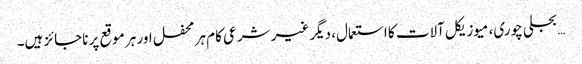
… بجلی چوری، میوزیکل آلات کا استعمال، دیگر غیر شرعی کام ہر محفل اور ہر موقع پر ناجائز ہیں۔